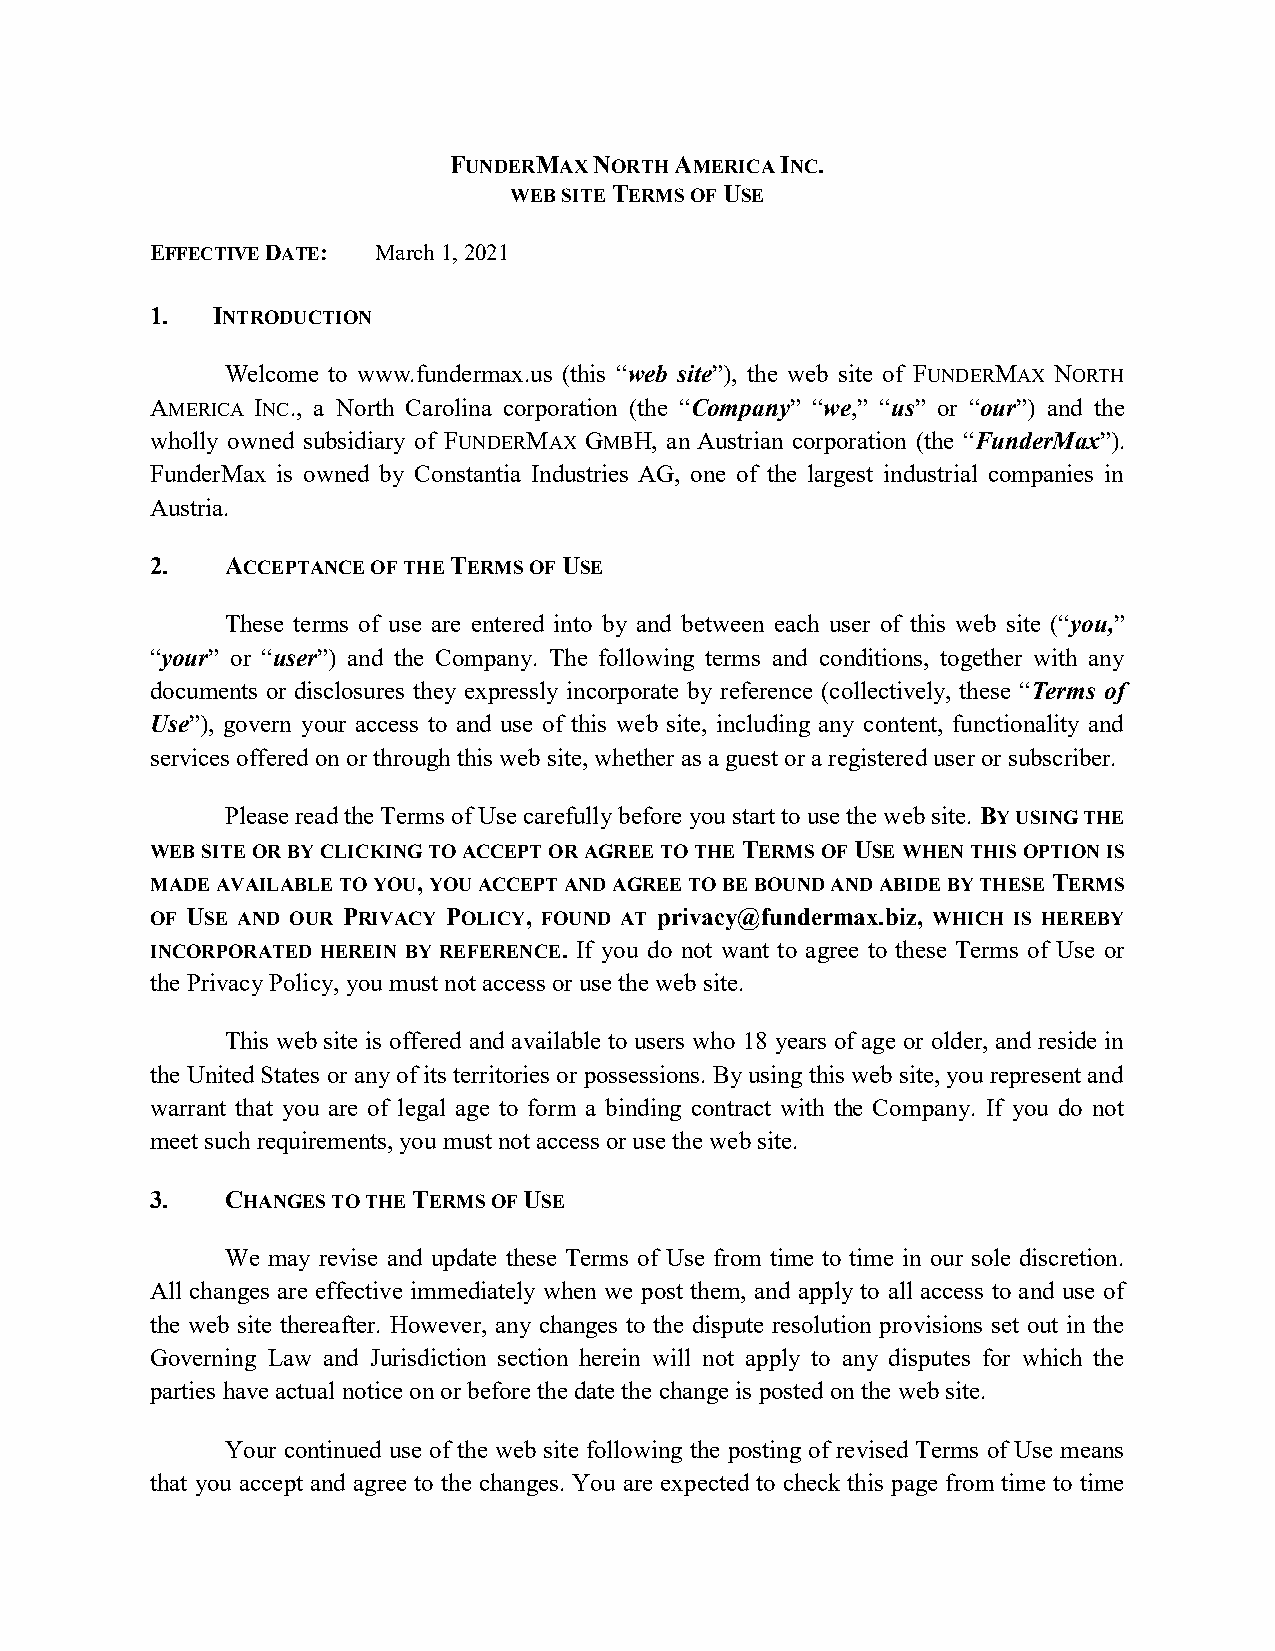
FUNDERMAX NORTH AMERICA INC.
 WEB SITE TERMS OF USE
 EFFECTIVE DATE: March 1, 2021
 1.  INTRODUCTION
 Welcome to www.fundermax.us (this “web site”), the web site of FUNDERMAX NORTH
 AMERICA INC., a North Carolina corporation (the “Company” “we,” “us” or “our”) and the
 wholly owned subsidiary of FUNDERMAX GMBH, an Austrian corporation (the “FunderMax”).
 FunderMax is owned by Constantia Industries AG, one of the largest industrial companies in
 Austria.
 2.   ACCEPTANCE OF THE TERMS OF USE
 These terms of use are entered into by and between each user of this web site (“you,”
 “your” or “user”) and the Company. The following terms and conditions, together with any
 documents or disclosures they expressly incorporate by reference (collectively, these “Terms of
 Use”), govern your access to and use of this web site, including any content, functionality and
 services offered on or through this web site, whether as a guest or a registered user or subscriber.
 Please read the Terms of Use carefully before you start to use the web site. BY USING THE
 WEB SITE OR BY CLICKING TO ACCEPT OR AGREE TO THE TERMS OF USE WHEN THIS OPTION IS
 MADE AVAILABLE TO YOU, YOU ACCEPT AND AGREE TO BE BOUND AND ABIDE BY THESE TERMS
 OF USE AND OUR PRIVACY POLICY, FOUND AT privacy@fundermax.biz, WHICH IS HEREBY
 INCORPORATED HEREIN BY REFERENCE. If you do not want to agree to these Terms of Use or
 the Privacy Policy, you must not access or use the web site.
 This web site is offered and available to users who 18 years of age or older, and reside in
 the United States or any of its territories or possessions. By using this web site, you represent and
 warrant that you are of legal age to form a binding contract with the Company. If you do not
 meet such requirements, you must not access or use the web site.
 3.   CHANGES TO THE TERMS OF USE
 We may revise and update these Terms of Use from time to time in our sole discretion.
 All changes are effective immediately when we post them, and apply to all access to and use of
 the web site thereafter. However, any changes to the dispute resolution provisions set out in the
 Governing Law and Jurisdiction section herein will not apply to any disputes for which the
 parties have actual notice on or before the date the change is posted on the web site.
 Your continued use of the web site following the posting of revised Terms of Use means
 that you accept and agree to the changes. You are expected to check this page from time to time